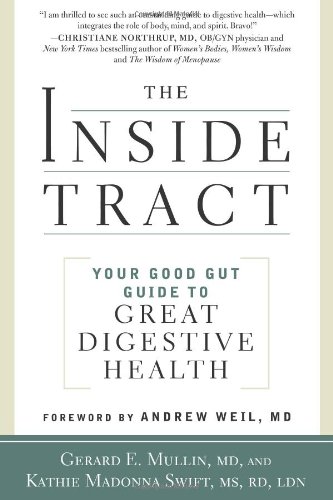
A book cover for The Inside Tract: Your Good Gut Guide to Great Digestive Health; Gerard E. Mullin; Health, Fitness & Dieting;